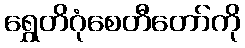
ရွှေတိဂုံစေတီတော်ကို